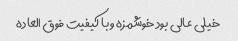
خیلی عالی بود خوشمزه و با کیفیت فوق العاده